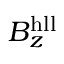
B _ { z } ^ { \mathrm { h l l } }